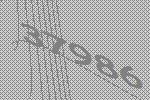
37986